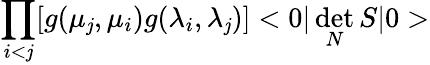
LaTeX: \prod_{i<\mathit{j}}[g(\mu_{\mathit{j}},\mu_{i})g(\lambda_{i},\lambda_{\mathit{j}})]<0|\operatorname*{det}_{N}S|0>